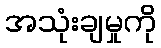
အသုံးချမှုကို